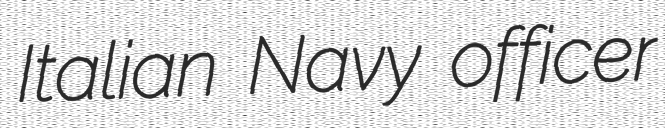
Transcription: Italian Navy officer